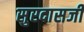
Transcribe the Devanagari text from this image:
सुरदासजी